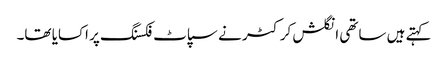
کہتے ہیں ساتھی انگلش کرکٹر نے سپاٹ فکسنگ پر اکسایا تھا۔